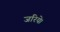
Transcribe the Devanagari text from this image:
जरिये।